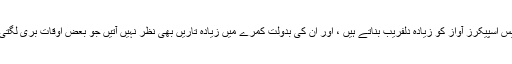
وائرلیس اسپیکرز آواز کو زیادہ دلفریب بناتے ہیں ، اور ان کی بدولت کمرے میں زیادہ تاریں بھی نظر نہیں آتیں جو بعض اوقات بری لگتی ہیں ۔